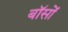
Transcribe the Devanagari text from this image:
बॉसों